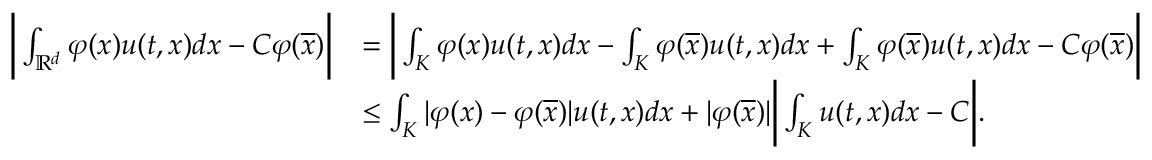
\begin{array} { r l } { \bigg \lvert \int _ { \mathbb { R } ^ { d } } { \varphi ( x ) u ( t , x ) d x } - C \varphi ( \overline { x } ) \bigg \rvert } & { = \bigg \lvert \int _ { K } { \varphi ( x ) u ( t , x ) d x } - \int _ { K } { \varphi ( \overline { x } ) u ( t , x ) d x } + \int _ { K } { \varphi ( \overline { x } ) u ( t , x ) d x } - C \varphi ( \overline { x } ) \bigg \rvert } \\ & { \leq \int _ { K } { \lvert \varphi ( x ) - \varphi ( \overline { x } ) \rvert u ( t , x ) d x } + \lvert \varphi ( \overline { x } ) \rvert \bigg \lvert \int _ { K } { u ( t , x ) d x } - C \bigg \rvert . } \end{array}